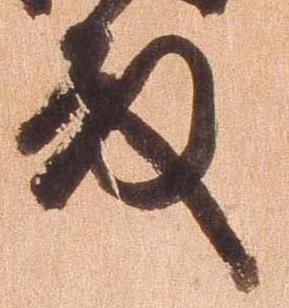
殿